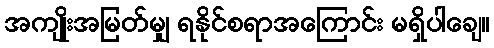
အကျိုးအမြတ်မျှ ရနိုင်စရာအကြောင်း မရှိပါချေ။